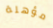
مؤهلة